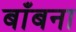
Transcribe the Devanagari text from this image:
बाँबना